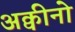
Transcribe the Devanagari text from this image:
अक्वीनो